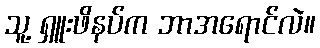
သူ့ ရှူးဖိနပ်က ဘာအရောင်လဲ။